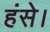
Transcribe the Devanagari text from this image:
हंसे।